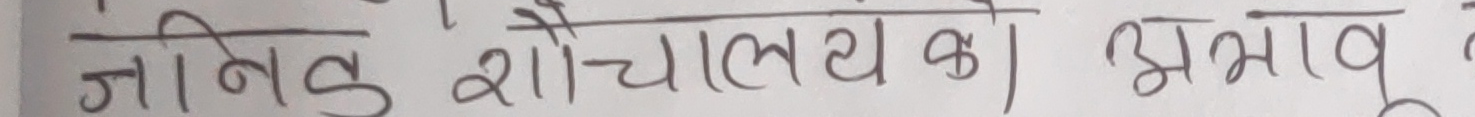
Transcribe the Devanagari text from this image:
जानिक शौचालय के अभाव